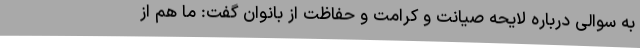
به سوالی درباره لایحه صیانت و کرامت و حفاظت از بانوان گفت: ما هم از